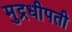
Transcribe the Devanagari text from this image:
मुद्रधीपती